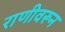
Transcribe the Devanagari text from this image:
राणीवरून